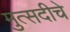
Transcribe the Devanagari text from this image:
मुत्सदीचे